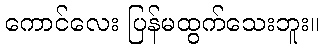
ကောင်လေး ပြန်မထွက်သေးဘူး။